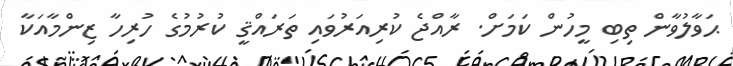
ޙަވާލުވާން ތިބި މީހުން ކަމަށް. ރާއްޖެ ކުރިއަރުވައި ތަރައްޤީ ކުރުމުގެ ހުރިހާ ޒިންމާއަކާ